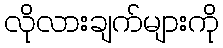
လိုလားချက်များကို